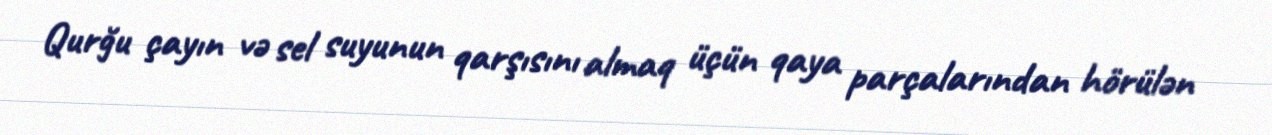
Qurğu çayın və sel suyunun qarşısını almaq üçün qaya parçalarından hörülən